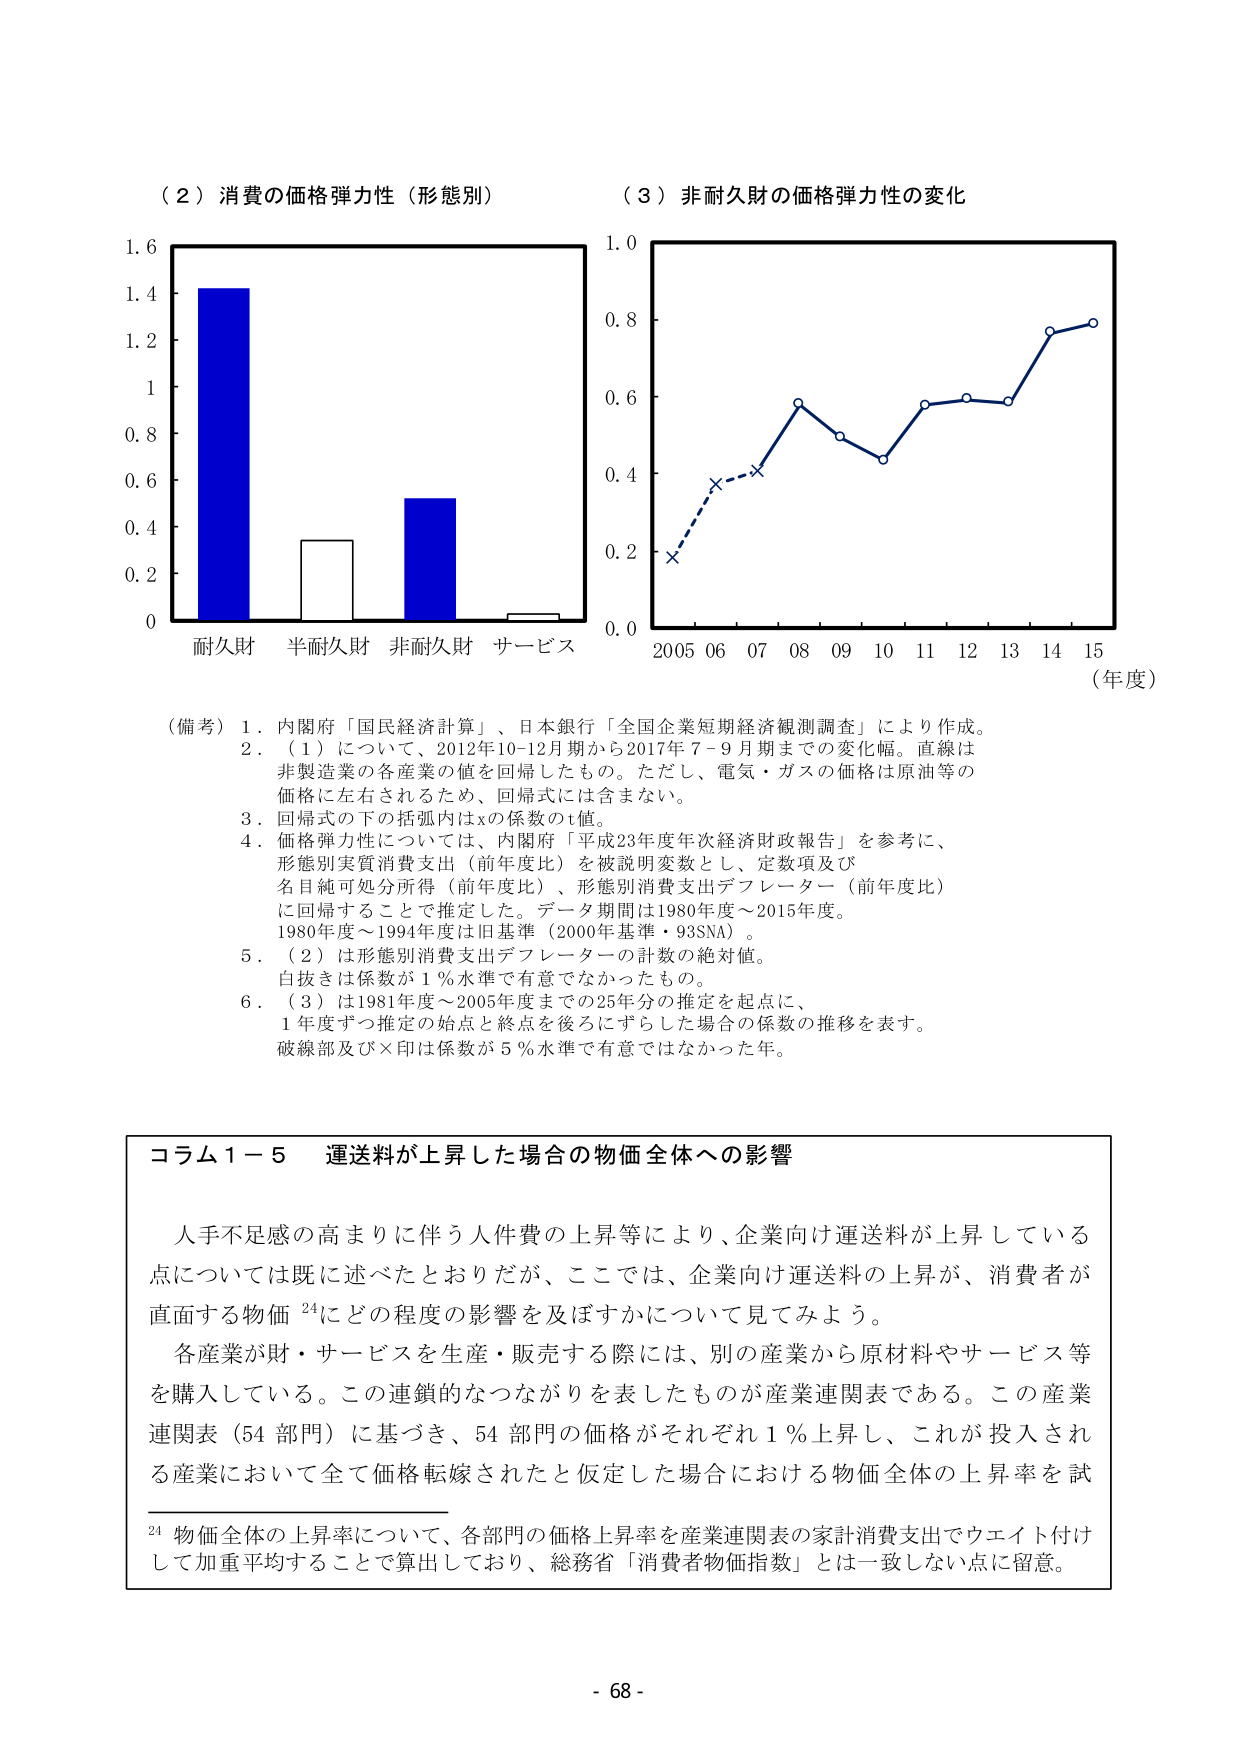
（２）消費の価格弾力性（形態別）
（３）非耐久財の価格弾力性の変化

1.6
1.4
1.2
1.0
0.8
0.6
0.4
0.2
0

耐久財 半耐久財 非耐久財 サービス

1.0
0.8
0.6
0.4
0.2
0.0

2005 06 07 08 09 10 11 12 13 14 15
（年度）

（備考）
1．内閣府「国民経済計算」、日本銀行「全国企業短期経済観測調査」により作成。
2．（１）について、2012年10-12月期から2017年7-9月期までの変化幅。直線は非製造業の各産業の値を回帰したもの。ただし、電気・ガスの価格は原油等の価格に左右されるため、回帰式には含まない。
3．回帰式の下の括弧内はxの係数のt値。
4．価格弾力性については、内閣府「平成23年度年次経済財政報告」を参考に、形態別実質消費支出（前年度比）を被説明変数とし、定数項及び名目純可処分所得（前年度比）、形態別消費支出デフレーター（前年度比）に回帰することで推定した。データ期間は1980年度～2015年度。1980年度～1994年度は旧基準（2000年基準・93SNA）。
5．（２）は形態別消費支出デフレーターの計数の絶対値。白抜きは係数が1％水準で有意でなかったもの。
6．（３）は1981年度～2005年度までの25年分の推定を起点に、1年度ずつ推定の始点と終点を後ろにずらした場合の係数の推移を表す。破線部及び×印は係数が5％水準で有意でなかった年。

コラム１－５ 運送料が上昇した場合の物価全体への影響

人手不足感の高まりに伴う人件費の上昇等により、企業向け運送料が上昇している点については既に述べたとおりだが、ここでは、企業向け運送料の上昇が、消費者が直面する物価²⁴にどの程度の影響を及ぼすかについて見てみよう。

各産業が財・サービスを生産・販売する際には、別の産業から原材料やサービス等を購入している。この連鎖的なつながりを表したものが産業連関表である。この産業連関表（54部門）に基づき、54部門の価格がそれぞれ1％上昇し、これが投入される産業において全て価格転嫁されたと仮定した場合における物価全体の上昇率を試

²⁴ 物価全体の上昇率について、各部門の価格上昇率を産業連関表の家計消費支出でウェイト付けして加重平均することで算出しており、総務省「消費者物価指数」とは一致しない点に留意。

- 68 -